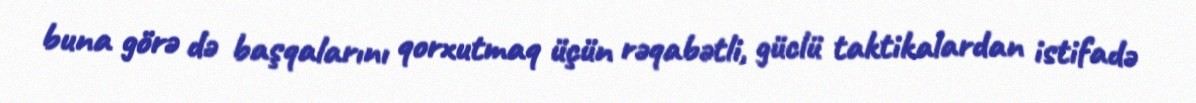
buna görə də başqalarını qorxutmaq üçün rəqabətli, güclü taktikalardan istifadə